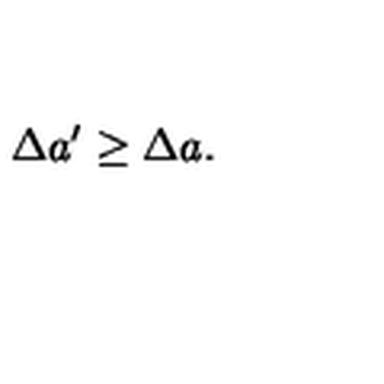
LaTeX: \Delta a ^ { \prime } \geq \Delta a .